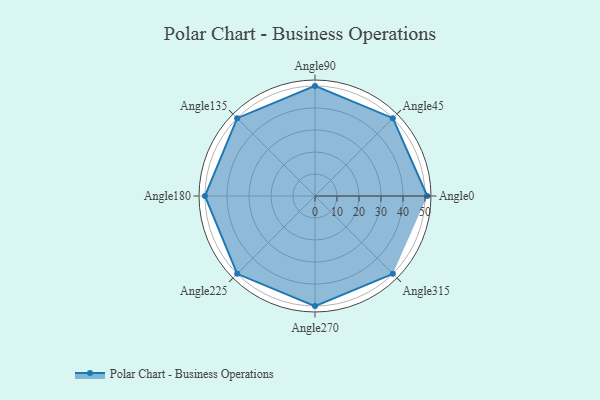
{"axis": {"x": "Angle", "y": "Radius"}, "legend": [""], "data": [{"x": "Angle0", "y": 51.0, "type": ""}, {"x": "Angle45", "y": 50, "type": ""}, {"x": "Angle90", "y": 50, "type": ""}, {"x": "Angle135", "y": 50, "type": ""}, {"x": "Angle180", "y": 50, "type": ""}, {"x": "Angle225", "y": 50, "type": ""}, {"x": "Angle270", "y": 50, "type": ""}, {"x": "Angle315", "y": 50, "type": ""}]}